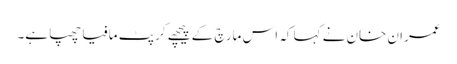
عمران خان نے کہا کہ اس مارچ کے پیچھے کرپٹ مافیا چھپا ہے۔